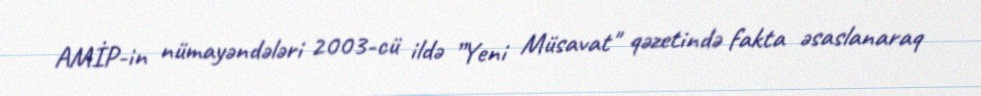
AMİP-in nümayəndələri 2003-cü ildə ”Yeni Müsavat" qəzetində fakta əsaslanaraq